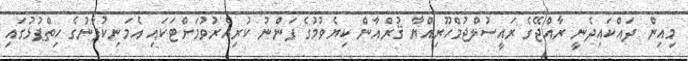
މިއިން ދައްކައިދެނީ ރާއްޖޭގެ ރައީސުލްޖުމްހޫރިއްޔާ ޤުރްއާން ކިޔެވުމުގެ ފަންނު ކުރިއެރުވުމަށްޓަކައި އެމަނިކުފާނުގެ ހިތްޕުޅުގައި